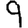
Digit: 9